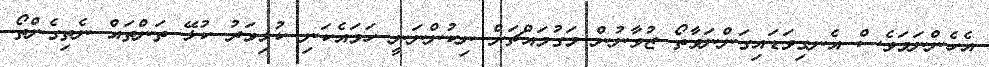
އެހެންނަމަވެސް އެނގިވަޑައިގަންނަވާތޯ ޒުވާނުން މަގުމައްޗަށް ނިކުންނަނީ ހަމައެކަނި ކުޅިވަރު ކުޅޭ ތަންތައް ނެތިގެންތޯ